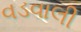
વડવાલી